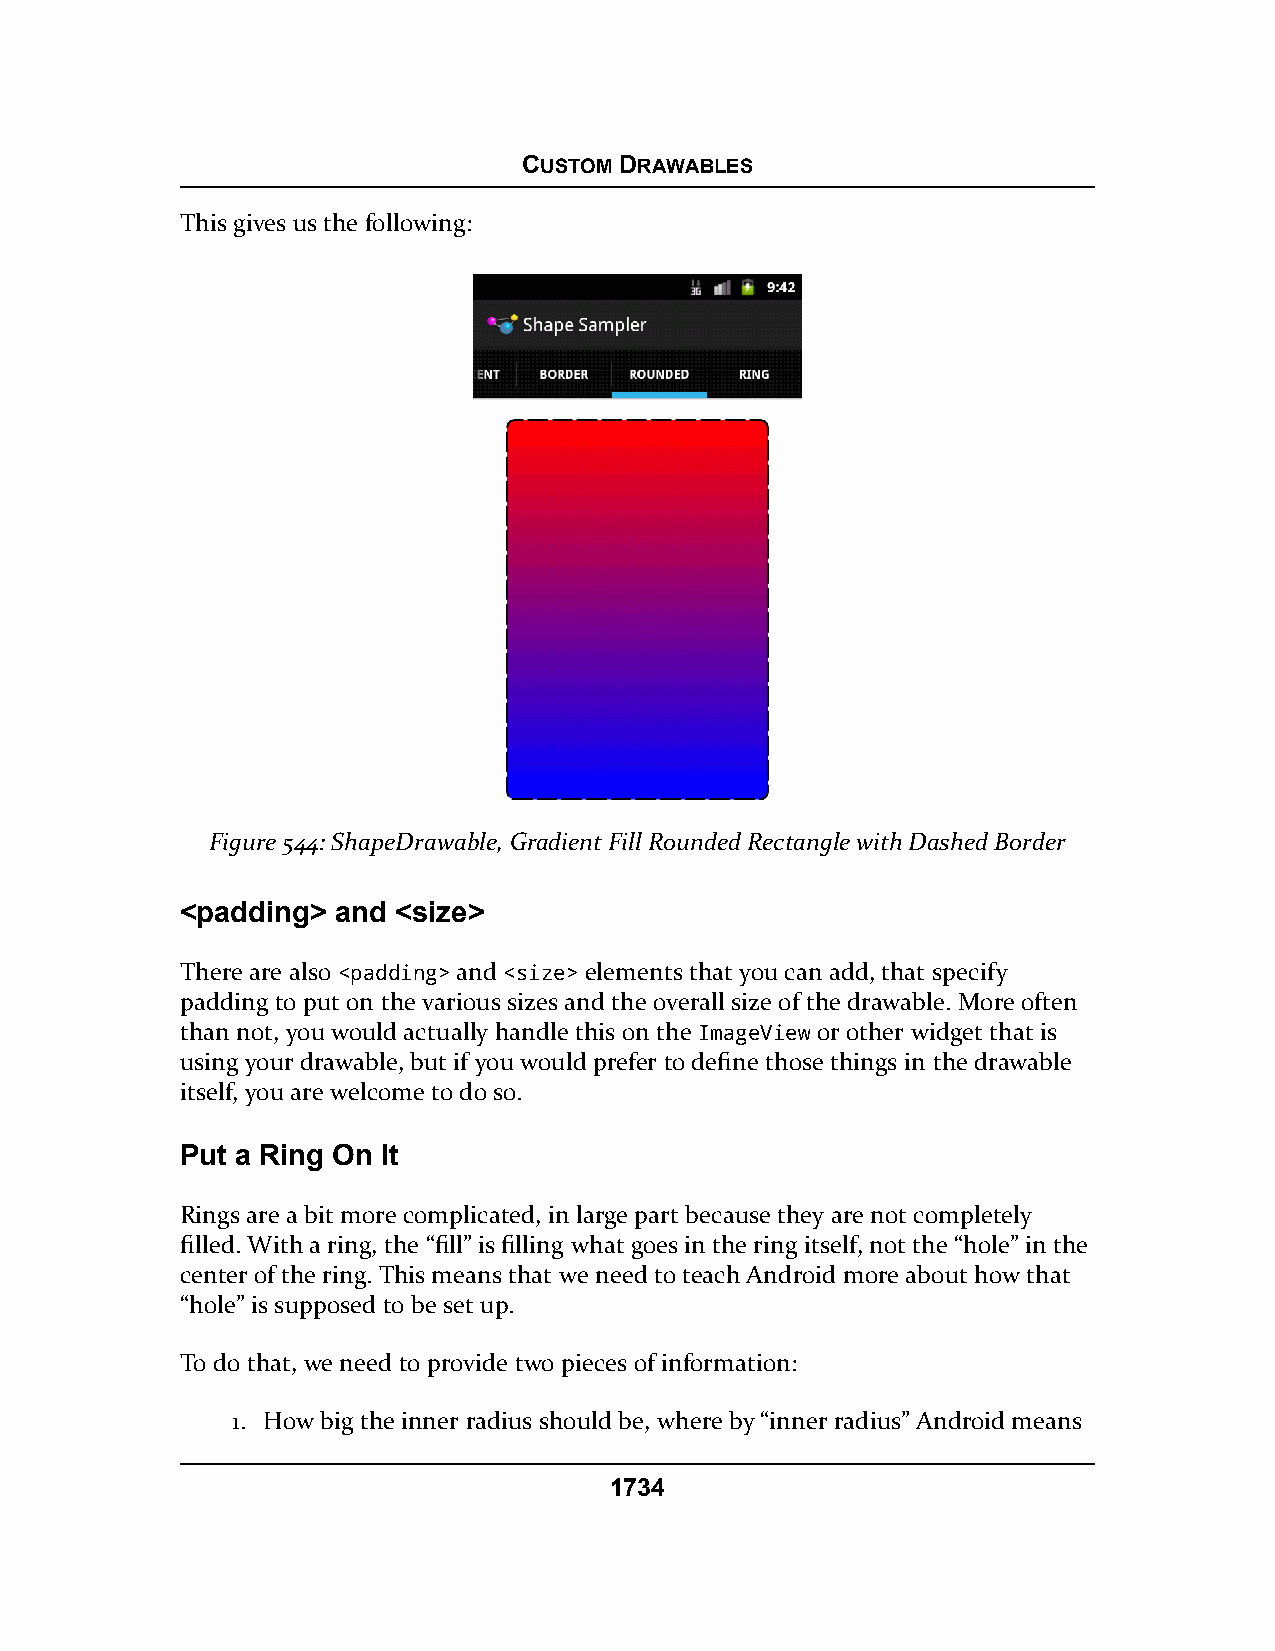
CUSTOM DRAWABLES
 This gives us the following:
 Figure 544: ShapeDrawable, Gradient Fill Rounded Rectangle with Dashed Border
 <padding> and <size>
 There are also <padding> and <size> elements that you can add, that specify
 padding to put on the various sizes and the overall size of the drawable. More often
 than not, you would actually handle this on the ImageView or other widget that is
 using your drawable, but if you would prefer to define those things in the drawable
 itself, you are welcome to do so.
 Put a Ring On It
 Rings are a bit more complicated, in large part because they are not completely
 filled. With a ring, the “fill” is filling what goes in the ring itself, not the “hole” in the
 center of the ring. This means that we need to teach Android more about how that
 “hole” is supposed to be set up.
 To do that, we need to provide two pieces of information:
 1. How big the inner radius should be, where by “inner radius” Android means
 1734